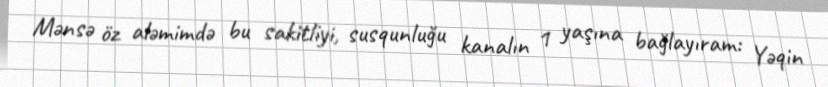
Mənsə öz aləmimdə bu sakitliyi, susqunluğu kanalın 1 yaşına bağlayıram: Yəqin